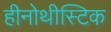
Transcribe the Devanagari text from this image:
हीनोथीस्टिक